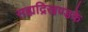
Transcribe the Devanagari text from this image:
सह्यद्रिखण्डके